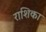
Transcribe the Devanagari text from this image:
राशिका